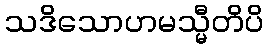
သဒိသောဟမသ္မီတိပိ